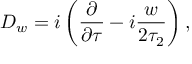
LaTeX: { { \cal D } _ { w } = i \left( { \frac { \partial } { \partial \tau } } - i { \frac { w } { 2 \tau _ { 2 } } } \right) , }